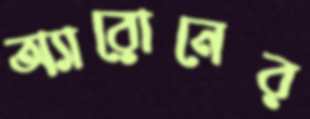
অ্যারোনের